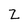
Character: Z